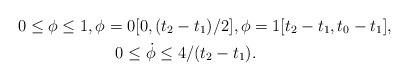
LaTeX: \begin{align*}& 0 \leq \phi \leq 1, \phi = 0 [0,(t_{2} - t_{1})/2], \phi = 1 [t_{2}-t_{1},t_{0}-t_{1}], \\& \qquad\qquad\qquad0 \leq \dot{\phi} \leq 4/(t_{2} - t_{1}).\end{align*}